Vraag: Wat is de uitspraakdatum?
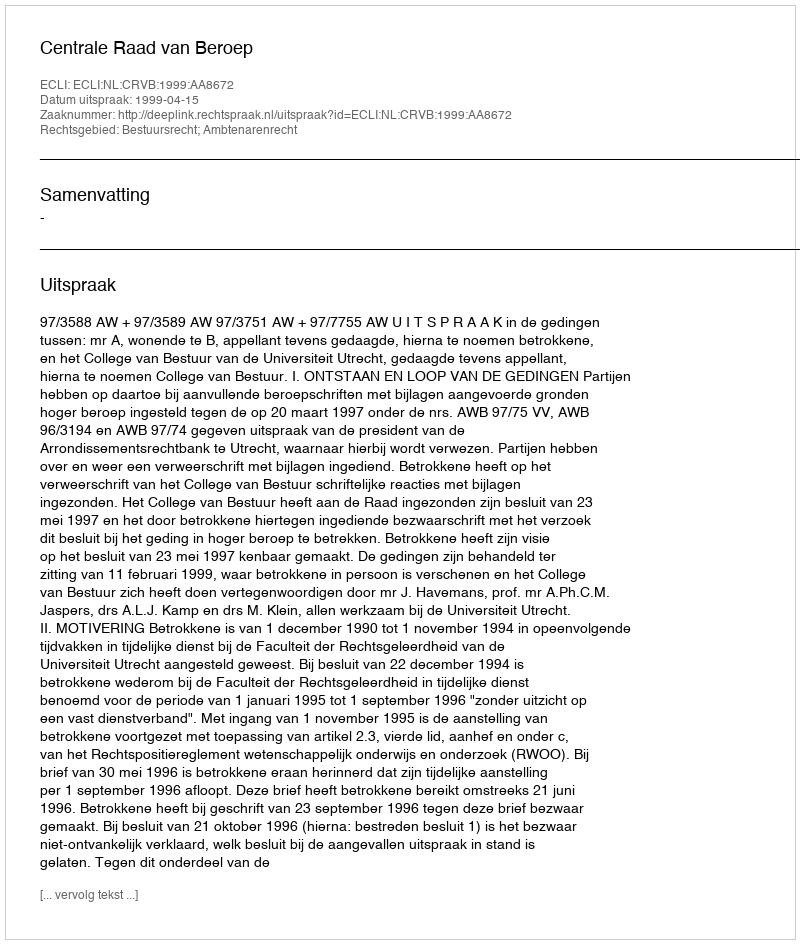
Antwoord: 1999-04-15